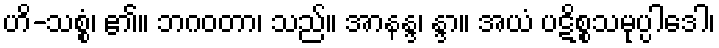
ဟိ-သစ္စံ၊ ၏။ ဘဂဝတာ၊ သည်။ အာနန္ဒ၊ န္ဒာ။ အယံ ပဋိစ္စသမုပ္ပါဒေါ၊